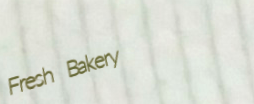
Fresh Bakery